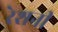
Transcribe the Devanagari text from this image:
रेशनी